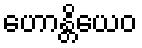
ဟောန္တိယေဝ